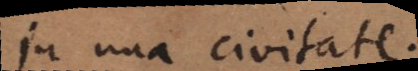
in una civitate.